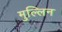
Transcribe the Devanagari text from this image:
मुल्लिन